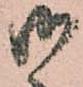
御